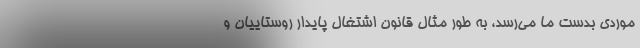
موردی بدست ما می‌رسد، به طور مثال قانون اشتغال پایدار روستاییان و